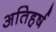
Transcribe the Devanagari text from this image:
अतिहर्ष